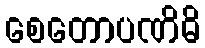
စေတောပဏိဓိ